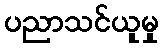
ပညာသင်ယူမှု